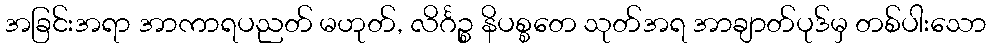
အခြင်းအရာ အာကာရပညတ် မဟုတ်, လိင်္ဂဉ္စ နိပစ္စတေ သုတ်အရ အာချာတ်ပုဒ်မှ တစ်ပါးသော